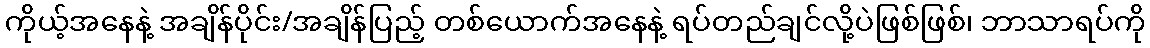
ကိုယ့်အနေနဲ့ အချိန်ပိုင်း/အချိန်ပြည့် တစ်ယောက်အနေနဲ့ ရပ်တည်ချင်လို့ပဲဖြစ်ဖြစ်၊ ဘာသာရပ်ကို